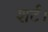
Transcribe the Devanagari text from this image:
शर्ट।